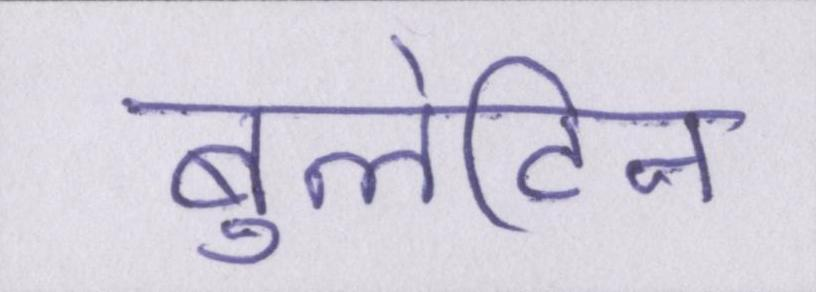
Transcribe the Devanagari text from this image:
बुलेटिन